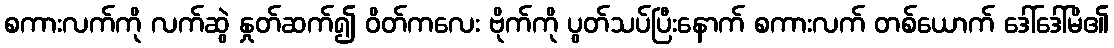
စကားလက်ကို လက်ဆွဲ နှုတ်ဆက်၍ ဝိတ်ကလေး ဗိုက်ကို ပွတ်သပ်ပြီးနောက် စကားလက် တစ်ယောက် ဒေါ်ဒေါ်မိ၏